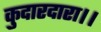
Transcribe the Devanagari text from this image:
कुदारदारा।।